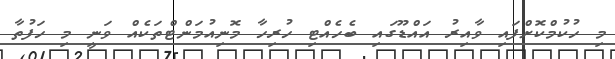
މި ހުކުމްކޮށްފައި ވާއިރު އައްޑޫގައި ބެހެއްޓި ހުރިހާ މޮނިއުމަންޓްތަކެއް ވަނީ މި ހަފުތާ